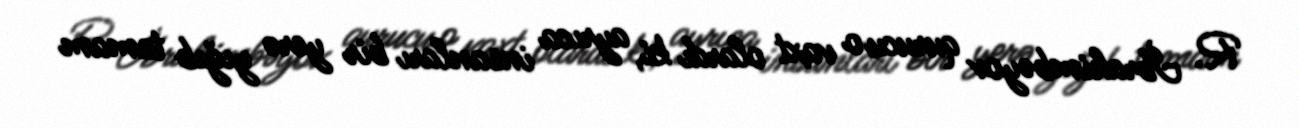
R. İbrahimbəyov qurucu o vaxt olardı ki, ayrıca insanları bir yerə yığıb tamam